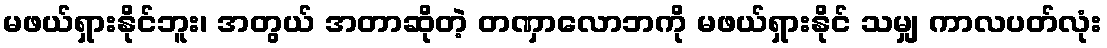
မဖယ်ရှားနိုင်ဘူး၊ အတွယ် အတာဆိုတဲ့ တဏှာလောဘကို မဖယ်ရှားနိုင် သမျှ ကာလပတ်လုံး